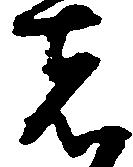
者